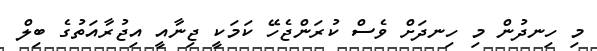
މި ހިނދުން މި ހިނދަށް ވެސް ކުރަންޖެހޭ ކަމަކީ ޖިނާއީ އިޖުރާއަތުގެ ބިލް